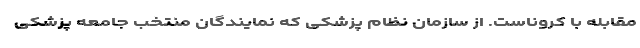
مقابله با کروناست. از سازمان نظام پزشکی که نمایندگان منتخب جامعه پزشکی